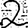
Digit: 2